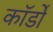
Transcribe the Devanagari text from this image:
कॉर्डों